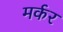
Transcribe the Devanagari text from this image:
मर्कर